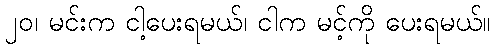
၂၀၊ မင်းက ငါ့ပေးရမယ်၊ ငါက မင့်ကို ပေးရမယ်။